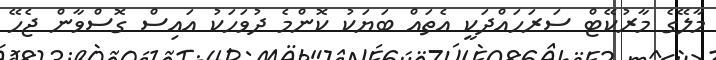
މާލޭގެ މާރުކޭޓް ސަރަހައްދަކީ އެތައް ބަޔަކު ކޮންމެ ދުވަހަކު އައިސް ގޮސްވާން ޖެހޭ